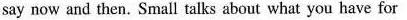
say now and then.Small talks about what you have for